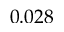
0 . 0 2 8